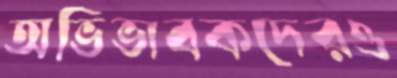
অভিভাবকদেরও